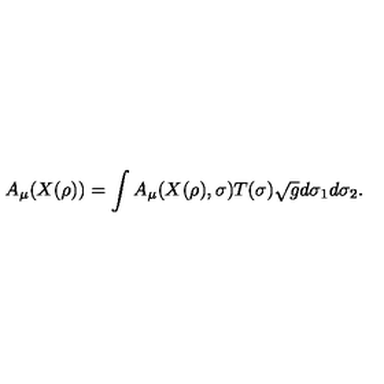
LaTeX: A _ { \mu } ( X ( \rho ) ) = \int A _ { \mu } ( X ( \rho ) , \sigma ) T ( \sigma ) \sqrt { g } d \sigma _ { 1 } d \sigma _ { 2 } .